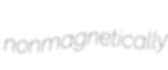
nonmagnetically